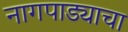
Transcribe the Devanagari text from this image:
नागपाड्याचा